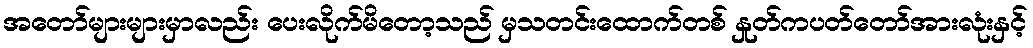
အတော်များများမှာလည်း ပေးလိုက်မိတော့သည် မှသတင်းထောက်တစ် နှုတ်ကပတ်တော်အားလုံးနှင့်